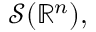
{ \mathcal { S } } ( \mathbb { R } ^ { n } ) ,